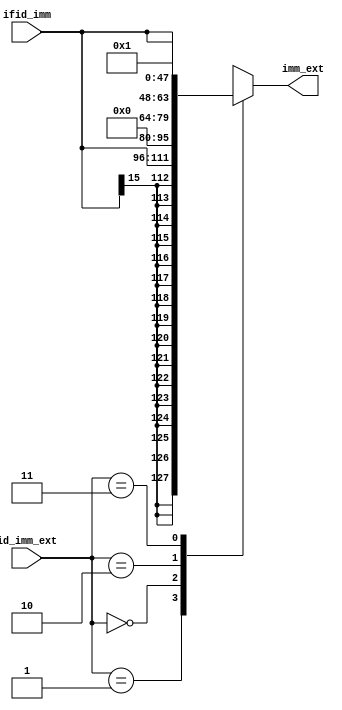
`timescale 1ns / 1ps
//////////////////////////////////////////////////////////////////////////////////
// Company: 
// Engineer: 
// 
// Design Name: 
// Module Name: Ext_unit
// Project Name: 
// Target Devices: 
// Tool Versions: 
// Description: 
// 
// Dependencies: 
// 
// Revision:
// Revision 0.01 - File Created
// Additional Comments:
// 
//////////////////////////////////////////////////////////////////////////////////

module Ext_unit(
    input [15:0] ifid_imm,
    input [1:0] id_imm_ext,
    output reg [31:0] imm_ext
    );

    parameter UNSIGN_EXT = 0;
    parameter SIGN_EXT   = 1;
    parameter LUI        = 2;
    parameter CONST_4    = 3;

    always @(*) begin
        case (id_imm_ext)
        SIGN_EXT: imm_ext = { {16{ifid_imm[15]}}, ifid_imm};
        UNSIGN_EXT: imm_ext = { {16{1'b0}}, ifid_imm };
        LUI: imm_ext = { ifid_imm, 16'd0 };
        CONST_4: imm_ext = 32'd1;  // (ex_imm_ext << 2) == 4
        endcase
    end

endmodule